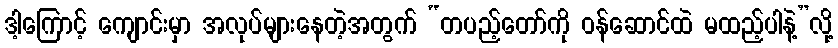
ဒါ့ကြောင့် ကျောင်းမှာ အလုပ်များနေတဲ့အတွက် “တပည့်တော်ကို ဝန်ဆောင်ထဲ မထည့်ပါနဲ့”လို့